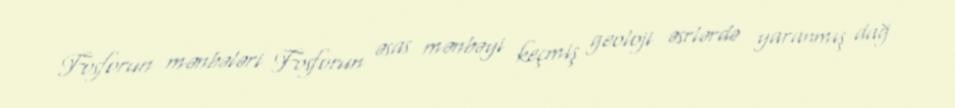
Fosforun mənbələri Fosforun əsas mənbəyi keçmiş geoloji əsrlərdə yaranmış dağ